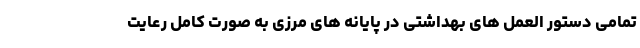
تمامی دستور العمل های بهداشتی در پایانه های مرزی به صورت کامل رعایت